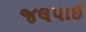
જલપાઈ